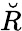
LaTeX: \breve{R}